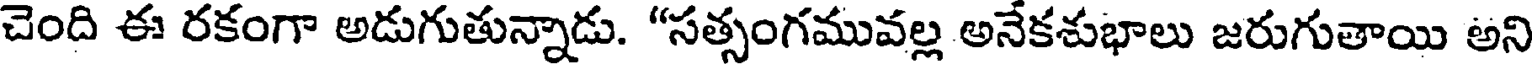
చెంది ఈ రకంగా అడుగుతున్నాడు. "సత్సంగమువల్ల అనేకశుభాలు జరుగుతాయి అని